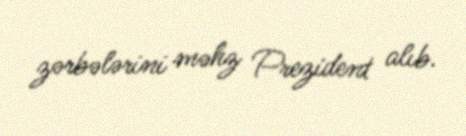
zərbələrini məhz Prezident alıb.